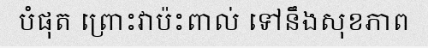
បំផុត ព្រោះវាប៉ះពាល់ ទៅនឹងសុខភាព